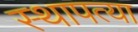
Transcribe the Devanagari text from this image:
स्थापत्या